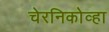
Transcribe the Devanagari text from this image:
चेरनिकोव्हा